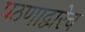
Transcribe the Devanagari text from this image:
पठणाद्वारेच